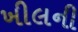
ખીલની